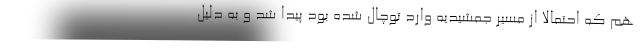
هم که احتمالاً از مسیر جمشیدیه وارد توچال شده بود پیدا شد و به دلیل